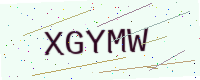
Text: XGYMW